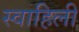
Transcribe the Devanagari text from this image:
स्‍वाहिली